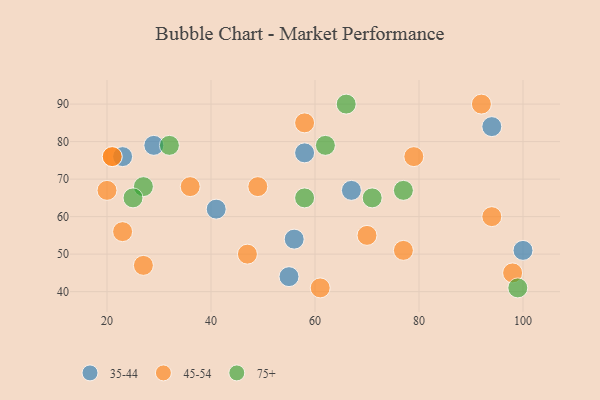
{"axis": {"x": "GDP", "y": "Life Expectancy"}, "legend": ["35-44", "45-54", "75+"], "data": [{"x": "58", "y": 77, "type": "35-44"}, {"x": "29", "y": 79, "type": "35-44"}, {"x": "67", "y": 67, "type": "35-44"}, {"x": "23", "y": 76, "type": "35-44"}, {"x": "56", "y": 54, "type": "35-44"}, {"x": "55", "y": 44, "type": "35-44"}, {"x": "41", "y": 62, "type": "35-44"}, {"x": "100", "y": 51, "type": "35-44"}, {"x": "94", "y": 84, "type": "35-44"}, {"x": "94", "y": 60, "type": "45-54"}, {"x": "77", "y": 51, "type": "45-54"}, {"x": "47", "y": 50, "type": "45-54"}, {"x": "36", "y": 68, "type": "45-54"}, {"x": "20", "y": 67, "type": "45-54"}, {"x": "21", "y": 76, "type": "45-54"}, {"x": "98", "y": 45, "type": "45-54"}, {"x": "49", "y": 68, "type": "45-54"}, {"x": "70", "y": 55, "type": "45-54"}, {"x": "23", "y": 56, "type": "45-54"}, {"x": "58", "y": 85, "type": "45-54"}, {"x": "27", "y": 47, "type": "45-54"}, {"x": "61", "y": 41, "type": "45-54"}, {"x": "79", "y": 76, "type": "45-54"}, {"x": "92", "y": 90, "type": "45-54"}, {"x": "21", "y": 76, "type": "45-54"}, {"x": "27", "y": 68, "type": "75+"}, {"x": "99", "y": 41, "type": "75+"}, {"x": "58", "y": 65, "type": "75+"}, {"x": "77", "y": 67, "type": "75+"}, {"x": "32", "y": 79, "type": "75+"}, {"x": "71", "y": 65, "type": "75+"}, {"x": "25", "y": 65, "type": "75+"}, {"x": "66", "y": 90, "type": "75+"}, {"x": "62", "y": 79, "type": "75+"}]}